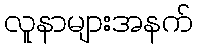
လူနာများအနက်